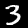
Digit: 3